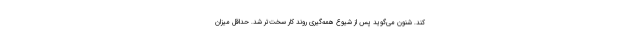
کند. شنون می‌گوید پس از شیوع همه‌گیری روند کار سخت‌تر شد. حداقل میزان